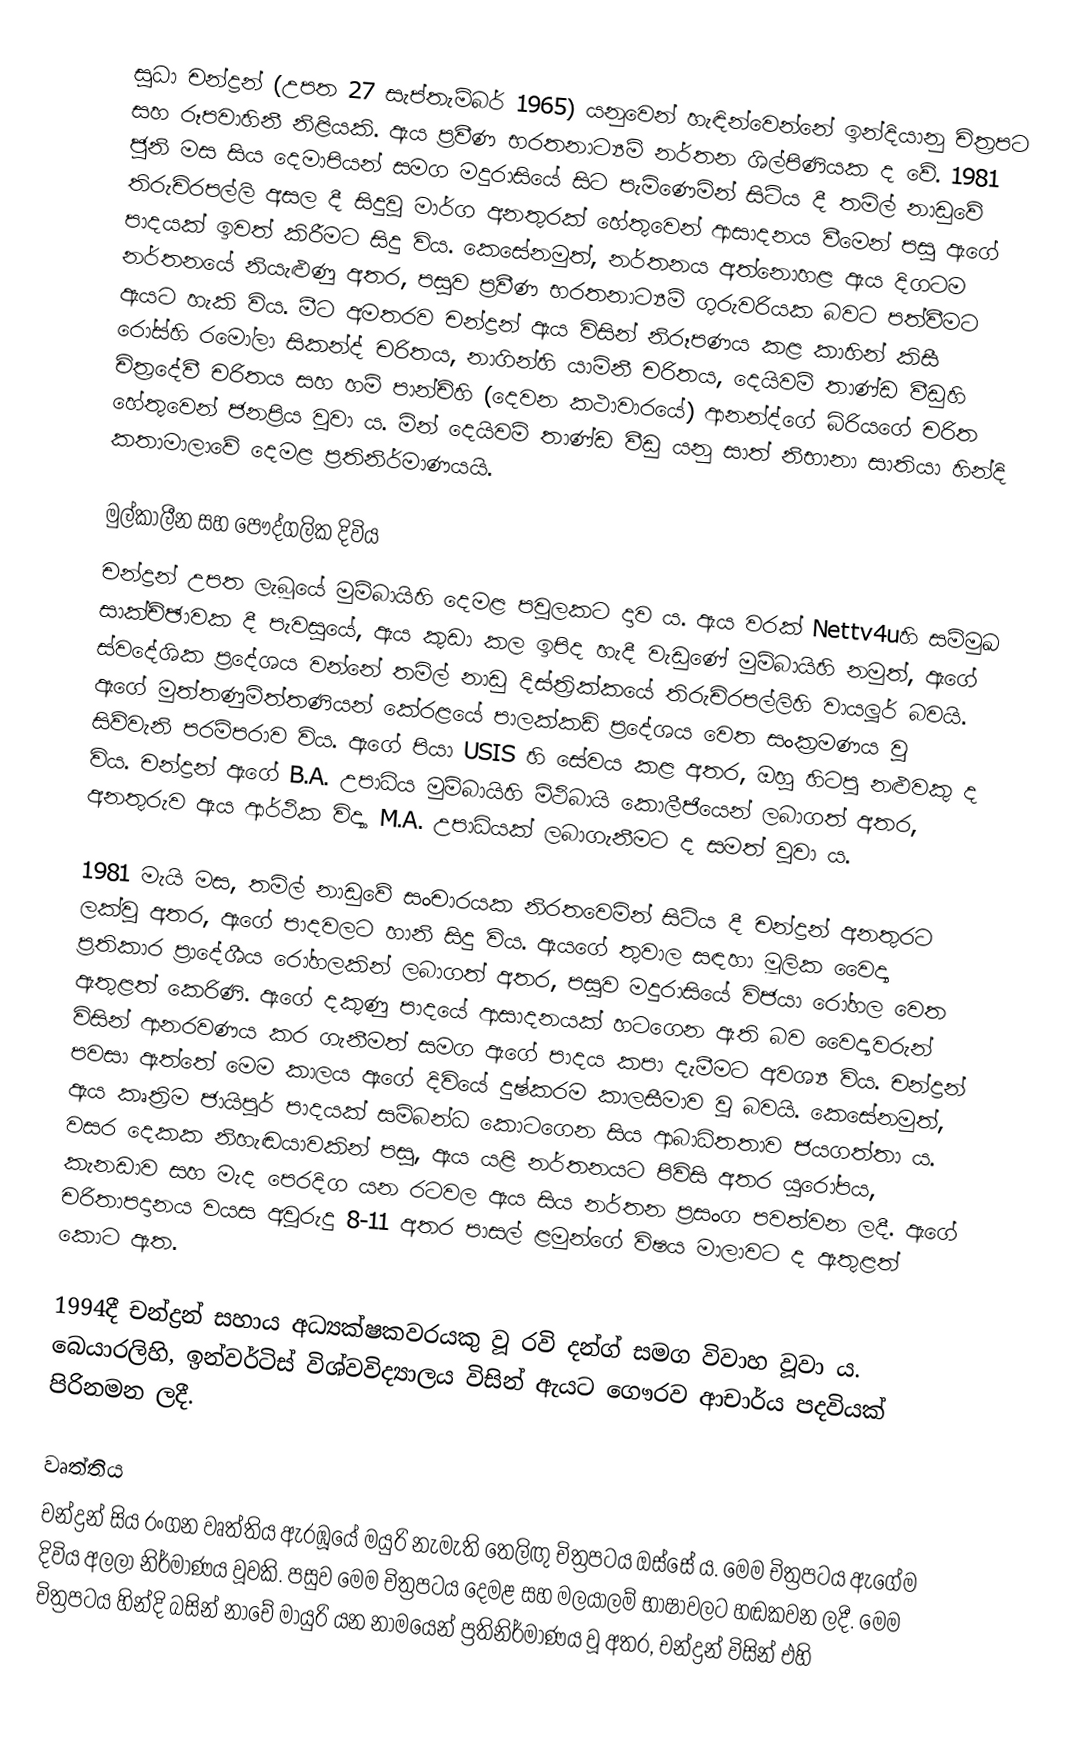
සුධා චන්ද්‍රන් (උපත 27 සැප්තැම්බර් 1965) යනුවෙන් හැඳින්වෙන්නේ ඉන්දියානු චිත්‍රපට සහ රූපවාහිනී නිළියකි. ඇය ප්‍රවීණ භරතනාට්‍යම් නර්තන ශිල්පිණියක ද වේ. 1981 ජූනි මස සිය දෙමාපියන් සමග මදුරාසියේ සිට පැමිණෙමින් සිටිය දී තමිල් නාඩුවේ තිරුචිරපල්ලි අසල දී සිදුවූ මාර්ග අනතුරක් හේතුවෙන් ආසාදනය වීමෙන් පසු ඇගේ පාදයක් ඉවත් කිරීමට සිදු විය. කෙසේනමුත්, නර්තනය අත්නොහළ ඇය දිගටම නර්තනයේ නියැළුණු අතර, පසුව ප්‍රවීණ භරතනාට්‍යම් ගුරුවරියක බවට පත්වීමට ඇයට හැකි විය. මීට අමතරව චන්ද්‍රන් ඇය විසින් නිරූපණය කළ කාහින් කිසී රෝස්හි රමෝලා සිකන්ද් චරිතය, නාගින්හි යාමිනී චරිතය, දෙයිවම් තාණ්ඩ වීඩුහි චිත්‍රදේවී චරිතය සහ හම් පාන්ච්හි (දෙවන කථාවාරයේ) ආනන්ද්ගේ බිරියගේ චරිත හේතුවෙන් ජනප්‍රිය වූවා ය. මින් දෙයිවම් තාණ්ඩ වීඩු යනු සාත් නිභානා සාතියා හින්දි කතාමාලාවේ දෙමළ ප්‍රතිනිර්මාණයයි.

මුල්කාලීන සහ පෞද්ගලික දිවිය
චන්ද්‍රන් උපත ලැබූයේ මුම්බායිහි දෙමළ පවුලකට දාව ය. ඇය වරක් Nettv4uහි සම්මුඛ සාක්ච්ඡාවක දී පැවසූයේ, ඇය කුඩා කල ඉපිද හැදී වැඩුණේ මුම්බායිහි නමුත්, ඇගේ ස්වදේශික ප්‍රදේශය වන්නේ තමිල් නාඩු දිස්ත්‍රික්කයේ තිරුචිරපල්ලිහි වායලූර් බවයි. ඇගේ මුත්තණුමිත්තණියන් කේරළයේ පාලක්කඩ් ප්‍රදේශය වෙත සංක්‍රමණය වූ සිව්වැනි පරම්පරාව විය. ඇගේ පියා USIS හි සේවය කළ අතර, ඔහු හිටපු නළුවකු ද විය. චන්ද්‍රන් ඇගේ B.A. උපාධිය මුම්බායිහි මිථිබායි කොලීජියෙන් ලබාගත් අතර, අනතුරුව ඇය ආර්ථික විද්‍යා M.A. උපාධියක් ලබාගැනීමට ද සමත් වූවා ය.

1981 මැයි මස, තමිල් නාඩුවේ සංචාරයක නිරතවෙමින් සිටිය දී චන්ද්‍රන් අනතුරට ලක්වූ අතර, ඇගේ පාදවලට හානි සිදු විය. ඇයගේ තුවාල සඳහා මූලික වෛද්‍ය ප්‍රතිකාර ප්‍රාදේශීය රෝහලකින් ලබාගත් අතර, පසුව මදුරාසියේ විජයා රෝහල වෙත ඇතුළත් කෙරිණි. ඇගේ දකුණු පාදයේ ආසාදනයක් හටගෙන ඇති බව වෛද්‍යවරුන් විසින් ආනරවණය කර ගැනීමත් සමග ඇගේ පාදය කපා දැමීමට අවශ්‍ය විය. චන්ද්‍රන් පවසා ඇත්තේ මෙම කාල‍ය ඇගේ දිවියේ දුෂ්කරම කාලසීමාව වූ බවයි. කෙසේනමුත්, ඇය කෘත්‍රිම ජායිපුර් පාදයක් සම්බන්ධ කොටගෙන සිය ආබාධිතතාව ජයගත්තා ය. වසර දෙකක නිහැඬයාවකින් පසු, ඇය යළි නර්තනයට පිවිසි අතර යුරෝපය, කැනඩාව සහ මැද පෙරදිග යන රටවල ඇය සිය නර්තන ප්‍රසංග පවත්වන ලදී. ඇගේ චරිතාපදානය වයස අවුරුදු 8-11 අතර පාසල් ළමුන්ගේ විෂය මාලාවට ද ඇතුළත් කොට ඇත.

1994දී චන්ද්‍රන් සහාය අධ්‍යක්ෂකවරයකු වූ රවි දන්ග් සමග විවාහ වූවා ය. බෙයාරලිහි, ඉන්වර්ටිස් විශ්වවිද්‍යාලය විසින් ඇයට ගෞරව ආචාර්ය පදවියක් පිරිනමන ලදී.

වෘත්තිය
චන්ද්‍රන් සිය රංගන වෘත්තිය ඇරඹූයේ මයුරි නැමැති තෙලිඟු චිත්‍රපටය ඔස්සේ ය. මෙම චිත්‍රපටය ඇගේම දිවිය අලලා නිර්මාණය වූවකි. පසුව මෙම චිත්‍රපටය දෙමළ සහ මලයාලම් භාෂාවලට හඬකවන ලදී. මෙම චිත්‍රපටය හින්දි බසින් නාචේ මායුරි යන නාමයෙන් ප්‍රතිනිර්මාණය වූ අතර, චන්ද්‍රන් විසින් එහි